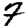
Digit: 7